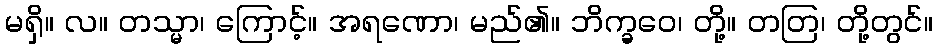
မရှိ။ လ။ တသ္မာ၊ ကြောင့်။ အရဏော၊ မည်၏။ ဘိက္ခဝေ၊ တို့။ တတြ၊ တို့တွင်။